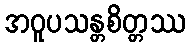
အဝူပသန္တစိတ္တဿ